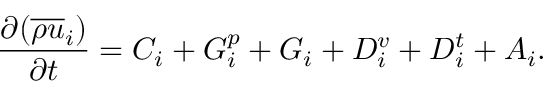
\frac { \partial ( \overline { { \rho } } \overline { { u } } _ { i } ) } { \partial t } = C _ { i } + G _ { i } ^ { p } + G _ { i } + D _ { i } ^ { v } + D _ { i } ^ { t } + A _ { i } .